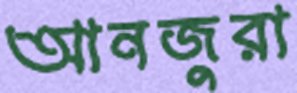
আনজুরা